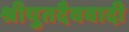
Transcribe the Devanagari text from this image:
श्रीयुतदैववादी